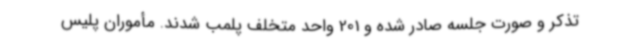
تذکر و صورت جلسه صادر شده و 201 واحد متخلف پلمب شدند. مأموران پلیس